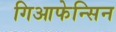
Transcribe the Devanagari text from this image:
गिआफेन्सिन